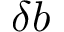
\delta b